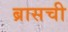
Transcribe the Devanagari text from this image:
ब्रासची